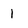
Character: 1